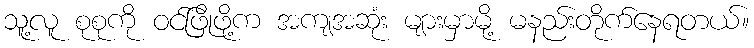
သူ့လူ စုစုကို ဝင်ဖြိုဖို့က အကျအဆုံး များမှာမို့ မနည်းတိုက်နေရတယ်။